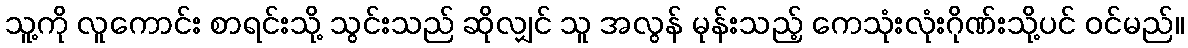
သူ့ကို လူကောင်း စာရင်းသို့ သွင်းသည် ဆိုလျှင် သူ အလွန် မုန်းသည့် ကေသုံးလုံးဂိုဏ်းသို့ပင် ဝင်မည်။